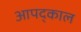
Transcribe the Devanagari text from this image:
आपद्काल